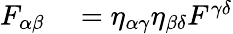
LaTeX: \begin{array}{rl}{F_{\alpha\beta}}&{{}=\eta_{\alpha\gamma}\eta_{\beta\delta}F^{\gamma\delta}}\end{array}